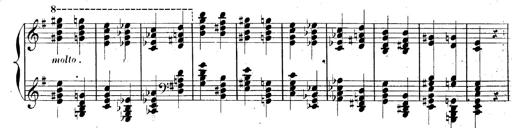
Title: AnnÃ©es de pÃ¨lerinage II, SupplÃ©ment
Composer: Franz Liszt